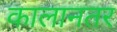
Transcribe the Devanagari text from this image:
कालानतर